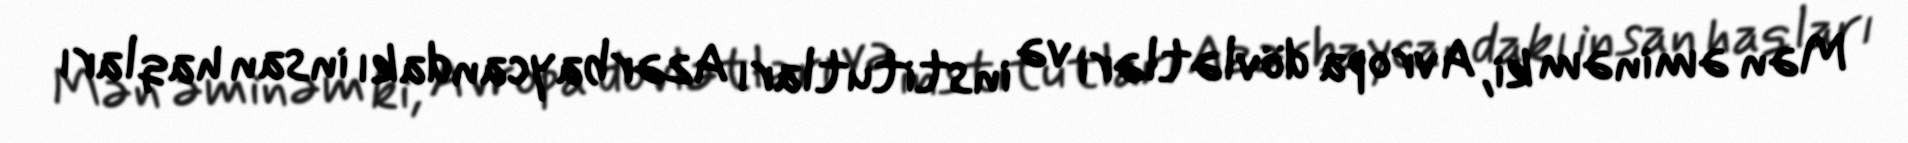
Mən əminəm ki, Avropa dövlətləri və institutları Azərbaycandakı insan haqları